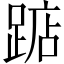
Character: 踮